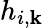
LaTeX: h_{i,\mathbf{k}}